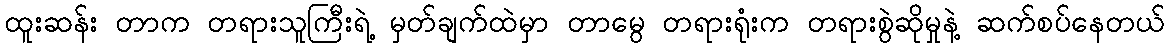
ထူးဆန်း တာက တရားသူကြီးရဲ့ မှတ်ချက်ထဲမှာ တာမွေ တရားရုံးက တရားစွဲဆိုမှုနဲ့ ဆက်စပ်နေတယ်